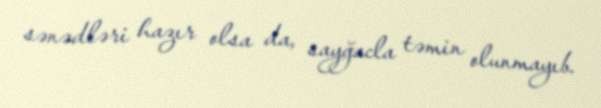
sənədləri hazır olsa da, sayğacla təmin olunmayıb.